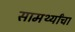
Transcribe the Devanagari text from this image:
सामर्थ्यांचा